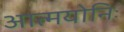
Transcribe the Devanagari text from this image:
आत्मयोनिः